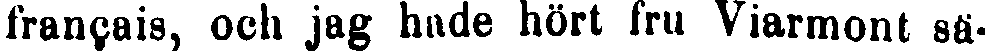
français, oob jag hade hört fru Viarmont sä-